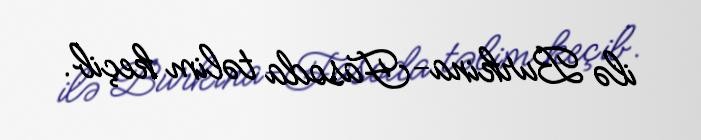
ilə Burkina-Fasoda təlim keçib.